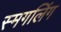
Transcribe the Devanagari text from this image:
स्मगलिंग